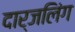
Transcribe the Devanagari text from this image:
दार्जलिंग